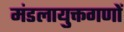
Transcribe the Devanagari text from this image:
मंडलायुक्तगणों